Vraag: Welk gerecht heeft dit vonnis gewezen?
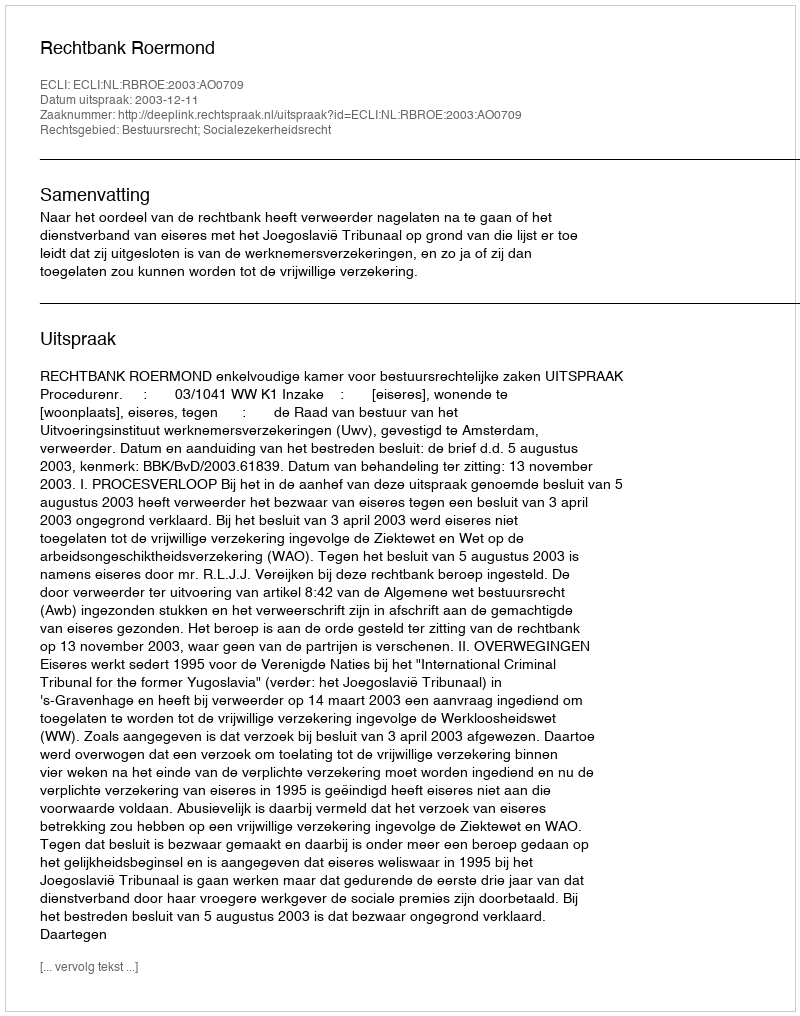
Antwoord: Rechtbank Roermond